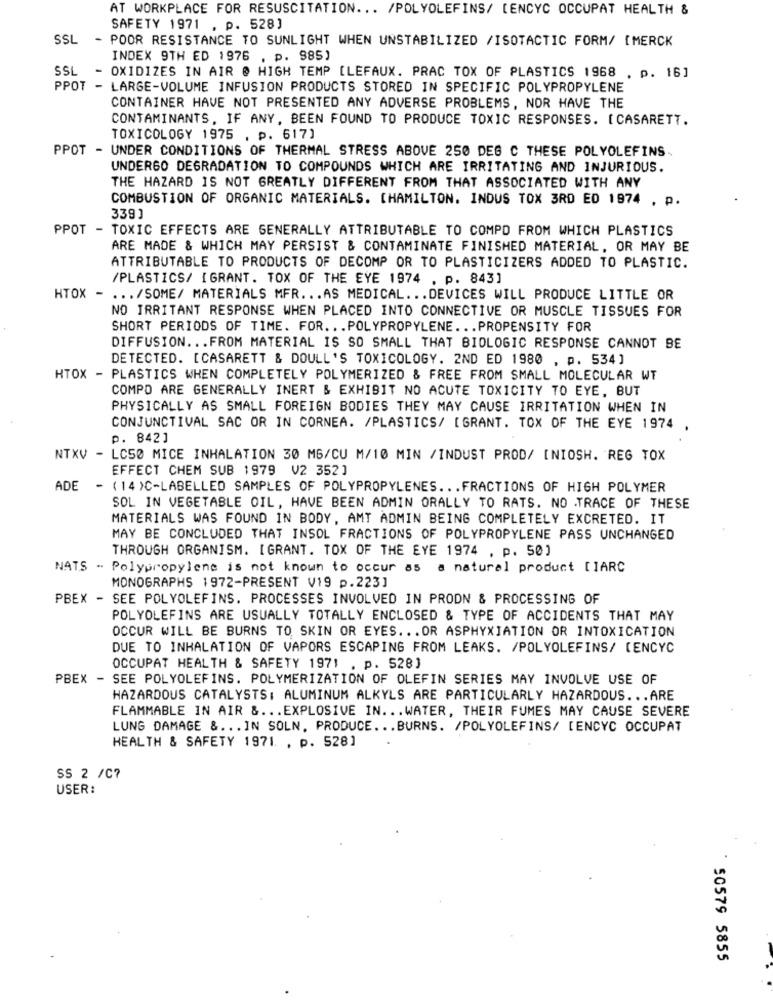
AT WORKPLACE FOR RESUSCITATION ... /POLYOLEFINS/ [ENCYC OCCUPAT HEALTH &
SAFETY 1971 , p. 528]
SSL
- POOR RESISTANCE TO SUNLIGHT WHEN UNSTABILIZED /ISOTACTIC FORM/ [MERCK
INDEX 9TH ED 1976 . p. 985)
SSL - OXIDIZES IN AIR @ HIGH TEMP [LEFAUX. PRAC TOX OF PLASTICS 1968 . p. 16]
PPOT - LARGE-VOLUME INFUSION PRODUCTS STORED IN SPECIFIC POLYPROPYLENE
CONTAINER HAVE NOT PRESENTED ANY ADVERSE PROBLEMS, NOR HAVE THE
CONTAMINANTS, IF ANY, BEEN FOUND TO PRODUCE TOXIC RESPONSES. [CASARETT.
TOXICOLOGY 1975 , p. 617]
PPOT - UNDER CONDITIONS OF THERMAL STRESS ABOVE 250 DEG C THESE POLYOLEFINS.
UNDERGO DEGRADATION TO COMPOUNDS WHICH ARE IRRITATING AND INJURIOUS.
THE HAZARD IS NOT GREATLY DIFFERENT FROM THAT ASSOCIATED WITH ANY
COMBUSTION OF ORGANIC MATERIALS. [HAMILTON. INDUS TOX 3RD ED 1974 , p.
339]
PPOT - TOXIC EFFECTS ARE GENERALLY ATTRIBUTABLE TO COMPD FROM WHICH PLASTICS
ARE MADE & WHICH MAY PERSIST & CONTAMINATE FINISHED MATERIAL, OR MAY BE
ATTRIBUTABLE TO PRODUCTS OF DECOMP OR TO PLASTICIZERS ADDED TO PLASTIC.
/PLASTICS/ [GRANT. TOX OF THE EYE 1974 . p. 843]
HTOX - ... /SOME/ MATERIALS MFR ... AS MEDICAL ... DEVICES WILL PRODUCE LITTLE OR
NO IRRITANT RESPONSE WHEN PLACED INTO CONNECTIVE OR MUSCLE TISSUES FOR
SHORT PERIODS OF TIME. FOR. . . POLYPROPYLENE ... PROPENSITY FOR
DIFFUSION ... FROM MATERIAL IS SO SMALL THAT BIOLOGIC RESPONSE CANNOT BE
DETECTED. [CASARETT & DOULL'S TOXICOLOGY. 2ND ED 1980 , p. 534]
HTOX - PLASTICS WHEN COMPLETELY POLYMERIZED & FREE FROM SMALL MOLECULAR WT
COMPO ARE GENERALLY INERT & EXHIBIT NO ACUTE TOXICITY TO EYE, BUT
PHYSICALLY AS SMALL FOREIGN BODIES THEY MAY CAUSE IRRITATION WHEN IN
CONJUNCTIVAL SAC OR IN CORNEA. /PLASTICS/ [GRANT. TOX OF THE EYE 1974
p. 842]
NTXV - LC50 MICE INHALATION 30 MG/CU M/10 MIN /INDUST PROD/ [NIOSH. REG TOX
EFFECT CHEM SUB 1979 V2 352]
ADE
- (14 )-LABELLED SAMPLES OF POLYPROPYLENES .. . FRACTIONS OF HIGH POLYMER
SOL IN VEGETABLE OIL, HAVE BEEN ADMIN ORALLY TO RATS. NO TRACE OF THESE
MATERIALS WAS FOUND IN BODY, AMT ADMIN BEING COMPLETELY EXCRETED. IT
MAY BE CONCLUDED THAT INSOL FRACTIONS OF POLYPROPYLENE PASS UNCHANGED
THROUGH ORGANISM. [GRANT. TOX OF THE EYE 1974 , p. 50)
NATS - Polypropylene is not known to occur as a natural product [IARC
MONOGRAPHS 1972-PRESENT V19 p.223]
PBEX - SEE POLYOLEFINS. PROCESSES INVOLVED IN PRODN & PROCESSING OF
POLYOLEFINS ARE USUALLY TOTALLY ENCLOSED & TYPE OF ACCIDENTS THAT MAY
OCCUR WILL BE BURNS TO SKIN OR EYES ... OR ASPHYXIATION OR INTOXICATION
DUE TO INHALATION OF VAPORS ESCAPING FROM LEAKS. /POLYOLEFINS/ CENCYC
OCCUPAT HEALTH & SAFETY 1971 . p. 528]
PBEX - SEE POLYOLEFINS. POLYMERIZATION OF OLEFIN SERIES MAY INVOLVE USE OF
HAZARDOUS CATALYSTS: ALUMINUM ALKYLS ARE PARTICULARLY HAZARDOUS ... ARE
FLAMMABLE IN AIR & ... EXPLOSIVE IN ... WATER, THEIR FUMES MAY CAUSE SEVERE
LUNG DAMAGE & ... IN SOLN. PRODUCE ... BURNS. /POLYOLEFINS/ [ENCYC OCCUPAT
HEALTH & SAFETY 1971. , p. 528]
SS 2 /C?
USER:
: 50579 5855